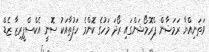
ވަތަނިއްޔާ ރަމަޟާން ޕްރޮމޯޝަންގައި ރޯދަ މަހުގެ ކޮންމެ ހަފުތާއަކު ސޮނީ އެކްސްޕީރިޒާ ޒެޑް